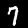
Label: 7